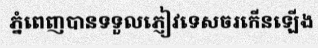
ភ្នំពេញបានទទួលភ្ញៀវទេសចរកើនឡើង